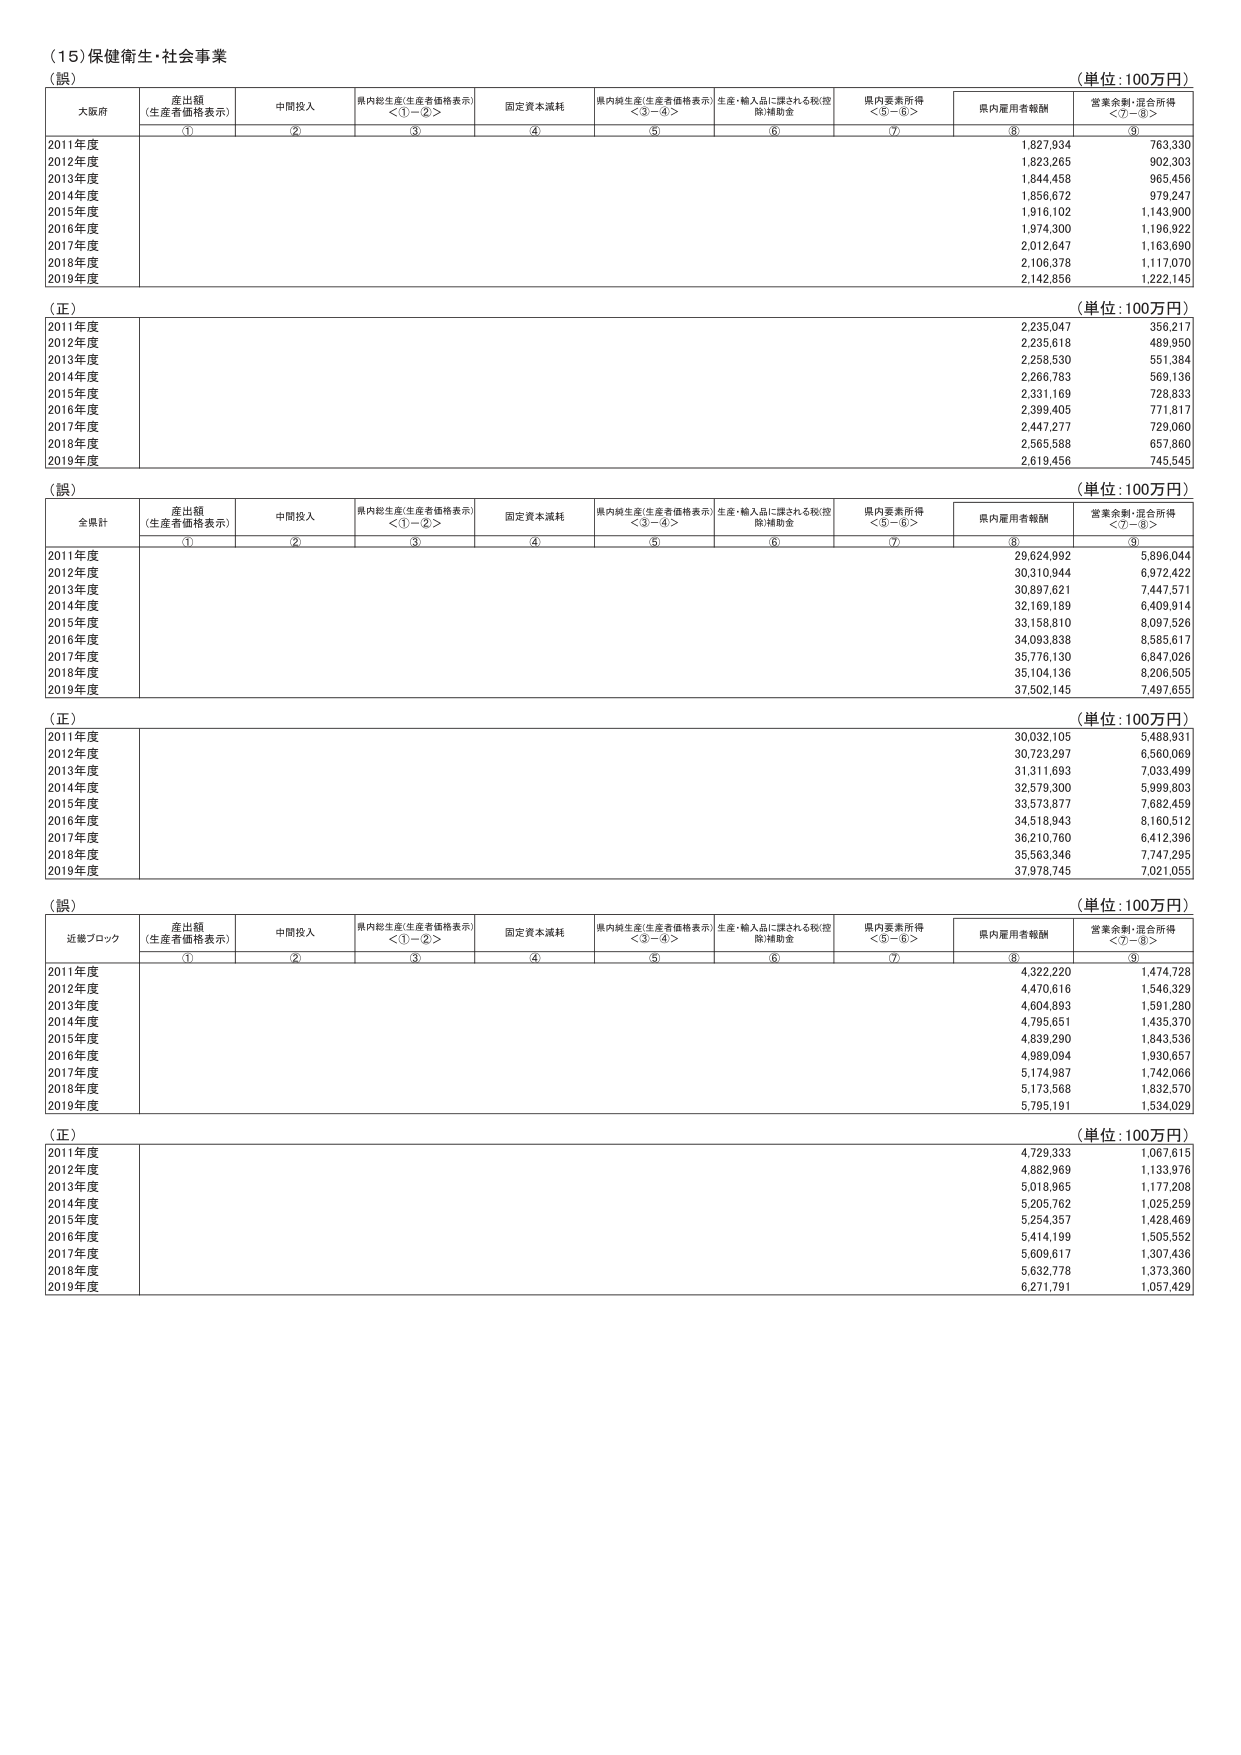
（15）保健衛生・社会事業
（誤）
（単位：100万円）
大阪府
産出額（生産者価格表示）
中間投入
県内総生産（生産者価格表示）＜①－②＞
固定資本減耗
県内純生産（生産者価格表示）＜③－④＞
生産・輸入品に課される税（控除）補助金
県内要素所得＜⑤－⑥＞
県内雇用者報酬
営業余剰・混合所得＜⑦－⑧＞
①
②
③
④
⑤
⑥
⑦
⑧
⑨
2011年度
1,827,934
763,330
2012年度
1,823,265
902,303
2013年度
1,844,458
965,456
2014年度
1,856,672
979,247
2015年度
1,916,102
1,143,900
2016年度
1,974,300
1,196,922
2017年度
2,012,647
1,163,690
2018年度
2,106,378
1,117,070
2019年度
2,142,856
1,222,145
（正）
（単位：100万円）
2011年度
2,235,047
356,217
2012年度
2,235,618
489,950
2013年度
2,258,530
551,384
2014年度
2,266,783
569,136
2015年度
2,331,169
728,833
2016年度
2,399,405
771,817
2017年度
2,447,277
729,060
2018年度
2,565,588
657,860
2019年度
2,619,456
745,545
（誤）
（単位：100万円）
全県計
産出額（生産者価格表示）
中間投入
県内総生産（生産者価格表示）＜①－②＞
固定資本減耗
県内純生産（生産者価格表示）＜③－④＞
生産・輸入品に課される税（控除）補助金
県内要素所得＜⑤－⑥＞
県内雇用者報酬
営業余剰・混合所得＜⑦－⑧＞
①
②
③
④
⑤
⑥
⑦
⑧
⑨
2011年度
29,624,992
5,896,044
2012年度
30,310,944
6,972,422
2013年度
30,897,621
7,447,571
2014年度
32,169,189
6,409,914
2015年度
33,158,810
8,097,526
2016年度
34,093,838
8,585,617
2017年度
35,776,130
6,847,026
2018年度
35,104,136
8,206,505
2019年度
37,502,145
7,497,655
（正）
（単位：100万円）
2011年度
30,032,105
5,488,931
2012年度
30,723,297
6,560,069
2013年度
31,311,693
7,033,499
2014年度
32,579,300
5,999,803
2015年度
33,573,877
7,682,459
2016年度
34,518,943
8,160,512
2017年度
36,210,760
6,412,396
2018年度
35,563,346
7,747,295
2019年度
37,978,745
7,021,055
（誤）
（単位：100万円）
近畿ブロック
産出額（生産者価格表示）
中間投入
県内総生産（生産者価格表示）＜①－②＞
固定資本減耗
県内純生産（生産者価格表示）＜③－④＞
生産・輸入品に課される税（控除）補助金
県内要素所得＜⑤－⑥＞
県内雇用者報酬
営業余剰・混合所得＜⑦－⑧＞
①
②
③
④
⑤
⑥
⑦
⑧
⑨
2011年度
4,322,220
1,474,728
2012年度
4,470,616
1,546,329
2013年度
4,604,893
1,581,280
2014年度
4,795,651
1,435,370
2015年度
4,839,290
1,843,536
2016年度
4,989,094
1,930,657
2017年度
5,174,987
1,742,066
2018年度
5,173,568
1,832,570
2019年度
5,795,191
1,534,029
（正）
（単位：100万円）
2011年度
4,729,333
1,067,615
2012年度
4,882,969
1,133,976
2013年度
5,018,965
1,177,208
2014年度
5,205,762
1,025,259
2015年度
5,254,357
1,428,469
2016年度
5,414,199
1,505,552
2017年度
5,609,617
1,307,436
2018年度
5,632,778
1,373,360
2019年度
6,271,791
1,057,429